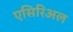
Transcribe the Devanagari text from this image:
एसिरिअल